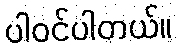
ပါဝင်ပါတယ်။